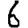
Digit: 6